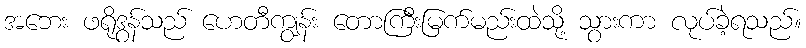
အဘေး ဖရိုဒွန်သည် ဟေတီကျွန်း တောကြီးမြက်မည်းထဲသို့ သွားကာ လုပ်ခဲ့ရသည်။